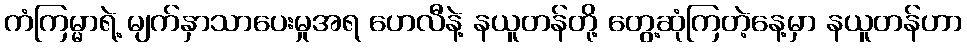
ကံကြမ္မာရဲ့ မျက်နှာသာပေးမှုအရ ဟေလီနဲ့ နယူတန်တို့ တွေ့ဆုံကြတဲ့နေ့မှာ နယူတန်ဟာ